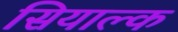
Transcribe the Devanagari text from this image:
सियाल्क